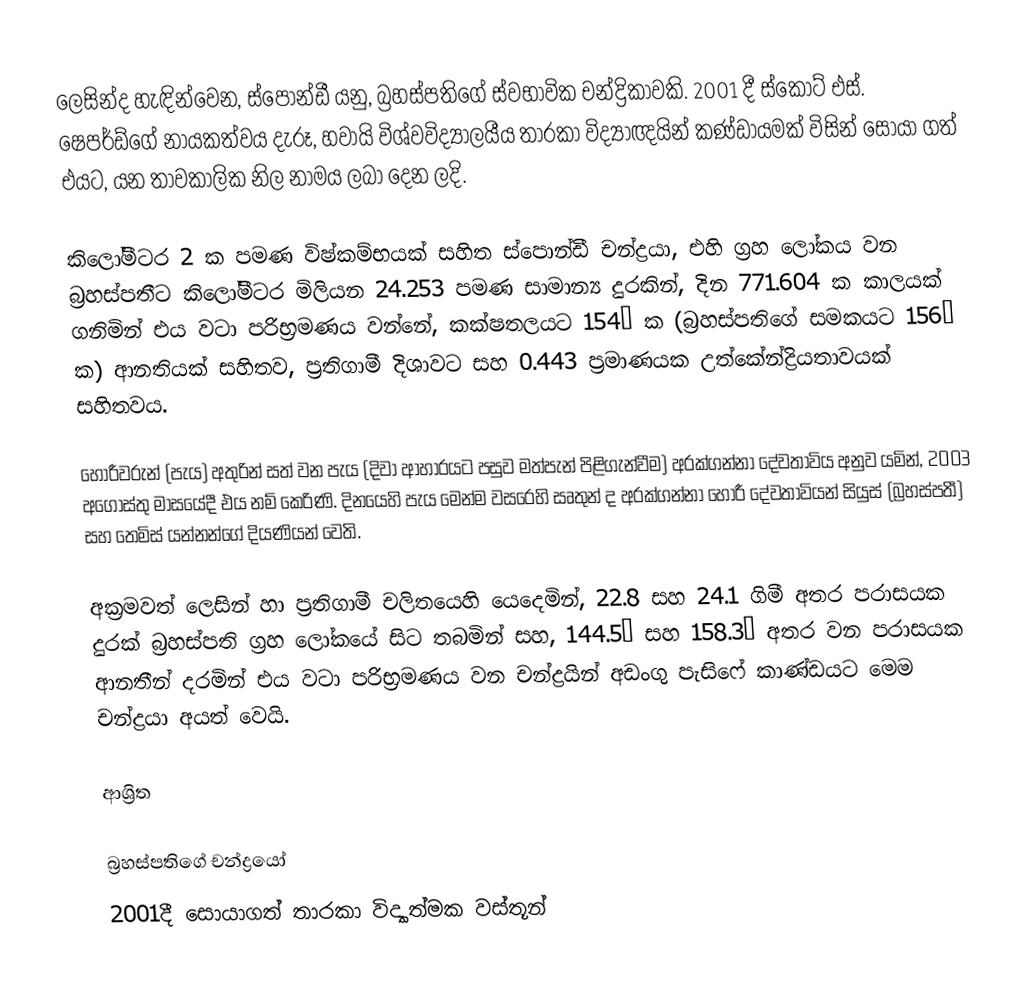
ලෙසින්ද හැඳින්වෙන, ස්පොන්ඩී යනු,  බ්‍රහස්පතිගේ ස්වභාවික චන්ද්‍රිකාවකි. 2001 දී   ස්කොට් එස්. ෂෙපර්ඩ්ගේ නායකත්වය දැරූ, හවායි විශ්වවිද්‍යාලයීය තාරකා විද්‍යාඥයින් කණ්ඩායමක් විසින් සොයා ගත් එයට,  යන තාවකාලික නිල නාමය ලබා දෙන ලදි.

කිලෝමීටර  2 ක පමණ විෂ්කම්භයක් සහිත ස්පොන්ඩී චන්ද්‍රයා,  එහි ග්‍රහ ලෝකය වන බ්‍රහස්පතීට කිලෝමීටර මිලියන  24.253 පමණ සාමාන්‍ය දුරකින්,  දින  771.604 ක කාලයක් ගනිමින් එය වටා පරිභ්‍රමණය වන්නේ, කක්ෂතලයට 154°  ක (බ්‍රහස්පතිගේ සමකයට 156° ක) ආනතියක්  සහිතව, ප්‍රතිගාමී දිශාවට සහ  0.443 ප්‍රමාණයක  උත්කේන්ද්‍රියතාවයක් සහිතවය.

හොරීවරුන් (පැය) අතුරින් සත් වන පැය (දිවා ආහාරයට පසුව මත්පැන් පිළිගැන්වීම) අරක්ගන්නා දේවතාවිය අනුව යමින්, 2003 අගෝස්තු මාසයේදී එය නම් කෙරිණි.  දිනයෙහි පැය මෙන්ම වසරෙහි සෘතුන් ද අරක්ගන්නා හොරී දේවතාවියන් සියුස් (බ්‍රහස්පතී) සහ තෙමිස් යන්නන්ගේ දියණියන් වෙති.

අක්‍රමවත් ලෙසින් හා ප්‍රතිගාමී චලිතයෙහි යෙදෙමින්,  22.8 සහ 24.1 ගිමී අතර පරාසයක දුරක් බ්‍රහස්පති ග්‍රහ ලෝකයේ  සිට තබමින් සහ, 144.5° සහ 158.3° අතර වන පරාසයක ආනතීන් දරමින් එය වටා පරිභ්‍රමණය වන චන්ද්‍රයින් අඩංගු   පැසිෆේ කාණ්ඩයට මෙම චන්ද්‍රයා අයත් වෙයි.

ආශ්‍රිත

බ්‍රහස්පතිගේ චන්ද්‍රයෝ
2001දී සොයාගත් තාරකා විද්‍යාත්මක වස්තූන්